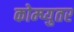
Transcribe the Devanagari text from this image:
कोम्प्युतर